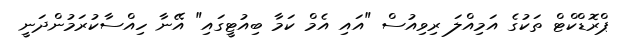
ޕްރޮޑްކްޓް ތަކުގެ އަމިއްލަ ރިވިއުސް "އައި އެމް ކަމާ ބިއުޓީގައި" އޭނާ ހިއްސާކުރަމުންދަނީ